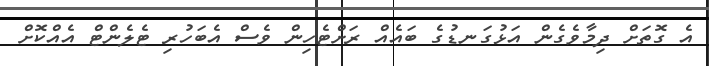
އެ ގޮތަށް ދިމާވެގެން އަޅުގަނޑުގެ ބައެއް ރަށްޓެހިން ވެސް އެބަހުރި ޓެލެންޓް އެއްކޮށް